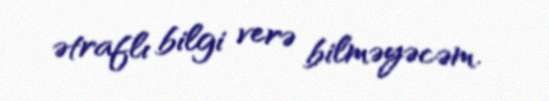
ətraflı bilgi verə bilməyəcəm.